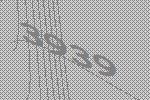
3939